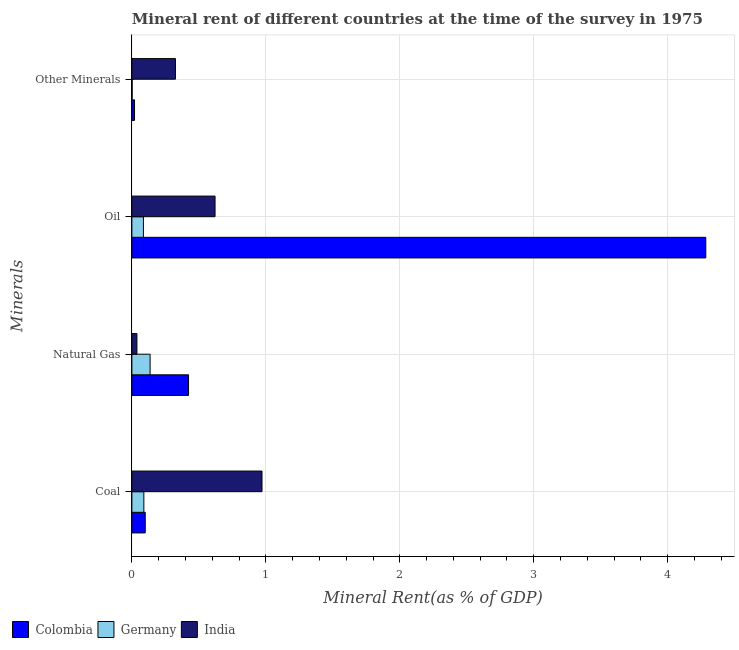
| Minerals | Colombia | Germany | India |
 | --- | --- | --- | --- |
 | Coal | 0.0998 | 0.0895 | 0.971 |
 | Natural Gas | 0.423 | 0.136 | 0.0377 |
 | Oil | 4.28 | 0.0863 | 0.621 |
 | Other Minerals | 0.0198 | 0.00201 | 0.325 |